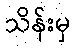
သိန်းမှ